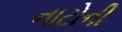
નાટોની